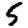
Digit: 5